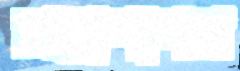
মহাপাগল